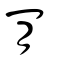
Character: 肯